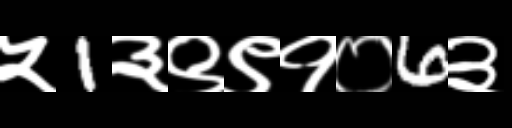
Text: ५1३९९१०6३